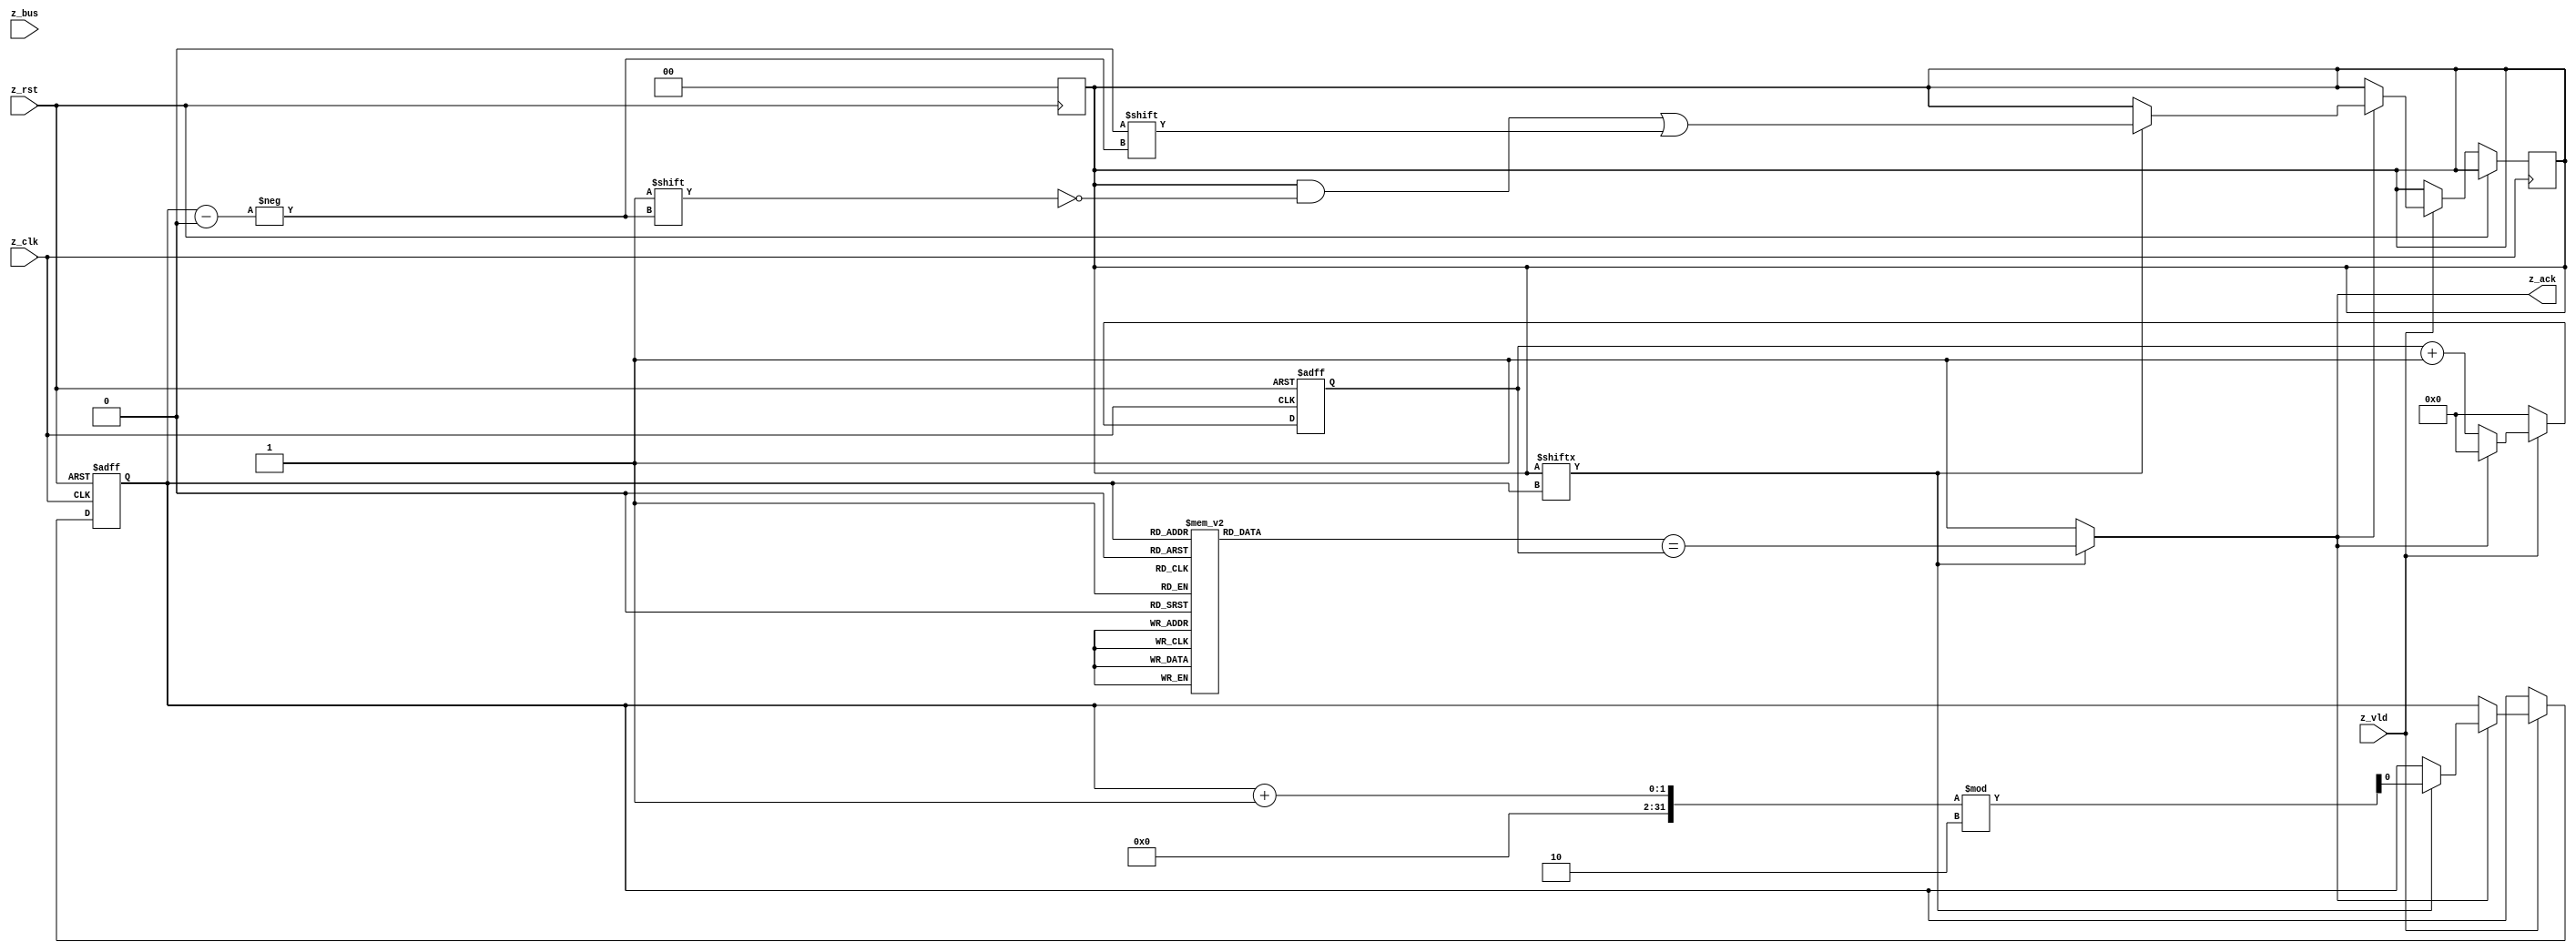
module zstr_sink #(
  parameter BW  = 8,            // bus width
  parameter LN  = 2,            // line number (pipeline deepth)
  parameter LNL = $clog2(LN)    // line number logarithm (number of bits for counters)
)(
  // system signals
  input  wire           z_clk,  // system clock
  input  wire           z_rst,  // asinchronous reset
  // zstr signals
  input  wire           z_vld,  // transfer valid
  input  wire  [BW-1:0] z_bus,  // grouped bus signals
  output wire           z_ack   // transfer acknowledge
);

reg  [BW-1:0] mem_bus [LN-1:0];  // transfer pipeline: transfer bus data
reg  [BW-1:0] mem_msk [LN-1:0];  // transfer pipeline: transfer bus data mask
reg  [32-1:0] mem_dly [LN-1:0];  // transfer pipeline: transfer acknowledge delay
reg  [LN-1:0] mem_vld;           // valid status of each fifo location

reg [LNL-1:0] wpt, rpt;          // write and read pointers

reg  [32-1:0] dly;               // transfer acknowledge delay counter 

// if there is a transfer in the pipeline use the provided delay
assign z_ack = mem_vld[rpt] ? (mem_dly[rpt] == dly) : 1'b1;

assign z_trn = z_vld & z_ack;

//////////////////////////////////////////////////////////////////////////////
// write into the transfer pipeline                                         //
//////////////////////////////////////////////////////////////////////////////

always @ (posedge z_rst)
if (z_rst) begin
  mem_vld <= {LN{1'b0}};
  wpt     <= 0;
end

// task for adding transfers into the pipeline
task trn (
  input [BW-1:0] bus,
  input [BW-1:0] msk,
  input [32-1:0] dly
);
begin
  mem_bus [wpt] = bus;
  mem_msk [wpt] = msk;
  mem_dly [wpt] = dly;
  mem_vld [wpt] = 1'b1;
  wpt = wpt+1;
end  
endtask

//////////////////////////////////////////////////////////////////////////////
// read from the transfer pipeline                                          //
//////////////////////////////////////////////////////////////////////////////

always @ (posedge z_clk, posedge z_rst)
if (z_rst) begin
  rpt <= 0;
  dly <= 0;
end else begin
  if (z_vld) begin
    if (z_ack) begin
      dly <= 0;
      if (mem_vld[rpt]) begin
        rpt <= (rpt + 1) % LN;
        if (mem_msk[rpt] & (mem_bus[rpt] ^ z_bus))
          $display ("DEBUG: ERROR received %h != %h, t=%0t", z_bus, mem_bus[rpt], $time);
        else
          $display ("DEBUG: SUCESS received %h", z_bus);
        mem_vld[rpt] <= 1'b0;
      end
    end else begin
      dly <= dly + 1;
    end
  end else begin
    dly <= 0;
  end
end

wire [BW-1:0] bus;
wire [BW-1:0] msk;
wire [32-1:0] dly1;
assign bus = mem_bus[rpt];
assign msk = mem_msk[rpt];
assign dly1 = mem_dly[rpt];

endmodule